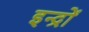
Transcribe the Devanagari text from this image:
इन्द्रों